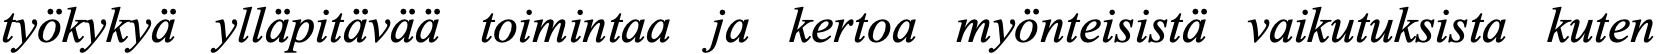
työkykyä ylläpitävää toimintaa ja kertoa myönteisistä vaikutuksista kuten